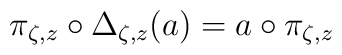
\pi_{\zeta,z} \circ \Delta_{\zeta,z}(a) = a \circ \pi_{\zeta,z}